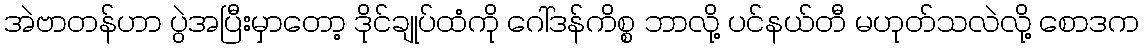
အဲဗာတန်ဟာ ပွဲအပြီးမှာတော့ ဒိုင်ချုပ်ထံကို ဂေါ်ဒန်ကိစ္စ ဘာလို့ ပင်နယ်တီ မဟုတ်သလဲလို့ စောဒက